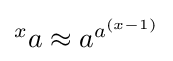
{\textstyle {}^{x}a\approx a^{a^{(x-1)}}}